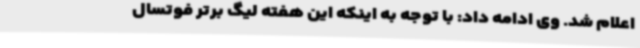
اعلام شد. وی ادامه داد: با توجه به اینکه این هفته لیگ برتر فوتسال